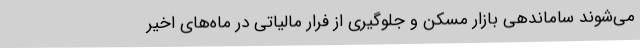
می‌شوند ساماندهی بازار مسکن و جلوگیری از فرار مالیاتی در ماه‌های اخیر